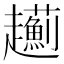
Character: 𧾯